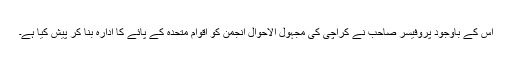
اس کے باوجود پروفیسر صاحب نے کراچی کی مجہول الاحوال انجمن کو اقوام متحدہ کے پائے کا ادارہ بنا کر پیش کیا ہے۔